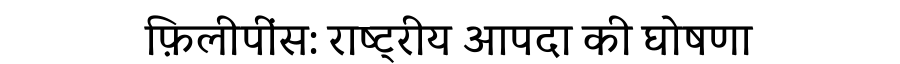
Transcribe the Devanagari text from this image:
फ़िलीपींस: राष्ट्रीय आपदा की घोषणा